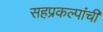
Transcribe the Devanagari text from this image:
सहप्रकल्पांची